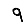
Digit: 9